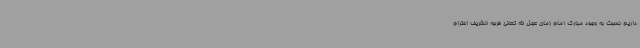
داریم نسبت به وجود مبارک امام زمان عجل الله تعالی فرجه الشریف احترام